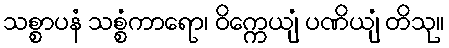
သစ္စာပနံ သစ္စံကာရော၊ ဝိက္ကေယျံ ပဏိယျံ တိသု။